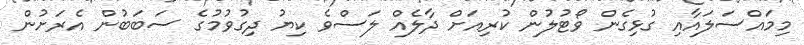
މިމައްސަލައާއި ގުޅިގެން ވޯޓުލުން ކުރިއަށް ދާލެއް ލަސްވެ ކިޔު ދިގުވުމުގެ ސަބަބުން އެރަށުން